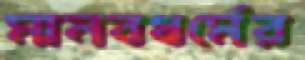
মানবধর্মের